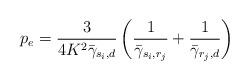
LaTeX: \begin{align*}p_{e} = \frac{3}{4K^2 \bar{\gamma}_{s_i,d}} \left( \frac{1}{\bar{\gamma}_{s_i,r_j}}+\frac{1}{\bar{\gamma}_{r_j,d}}\right)\end{align*}